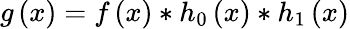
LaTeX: g\left(x\right)=f\left(x\right)*h_{0}\left(x\right)*h_{1}\left(x\right)